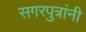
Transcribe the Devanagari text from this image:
सगरपुत्रांनी